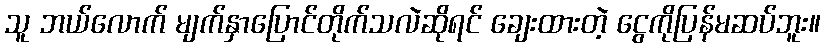
သူ ဘယ်လောက် မျက်နှာပြောင်တိုက်သလဲဆိုရင် ချေးထားတဲ့ ငွေကိုပြန်မဆပ်ဘူး။